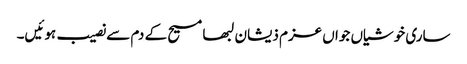
ساری خوشیاں جواں عزم ذیشان لبھا مسیح کے دم سے نصیب ہوئیں۔